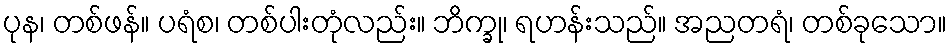
ပုန၊ တစ်ဖန်။ ပရံစ၊ တစ်ပါးတုံလည်း။ ဘိက္ခု၊ ရဟန်းသည်။ အညတရံ၊ တစ်ခုသော။